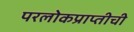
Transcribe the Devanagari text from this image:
परलोकप्राप्तीची